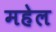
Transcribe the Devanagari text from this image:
महेल